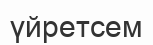
үйретсем